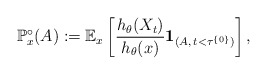
\begin{align*}\mathbb{P}^{\circ}_x(A) := \mathbb{E}_x\left[\frac{h_\theta(X_t)}{h_\theta(x)}\mathbf{1}_{(A, \, t<\tau^{\{0\}})}\right],\end{align*}